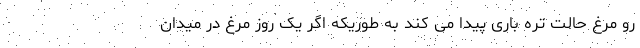
رو مرغ حالت تره باری پیدا می کند به طوریکه اگر یک روز مرغ در میدان